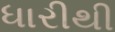
ધારીથી